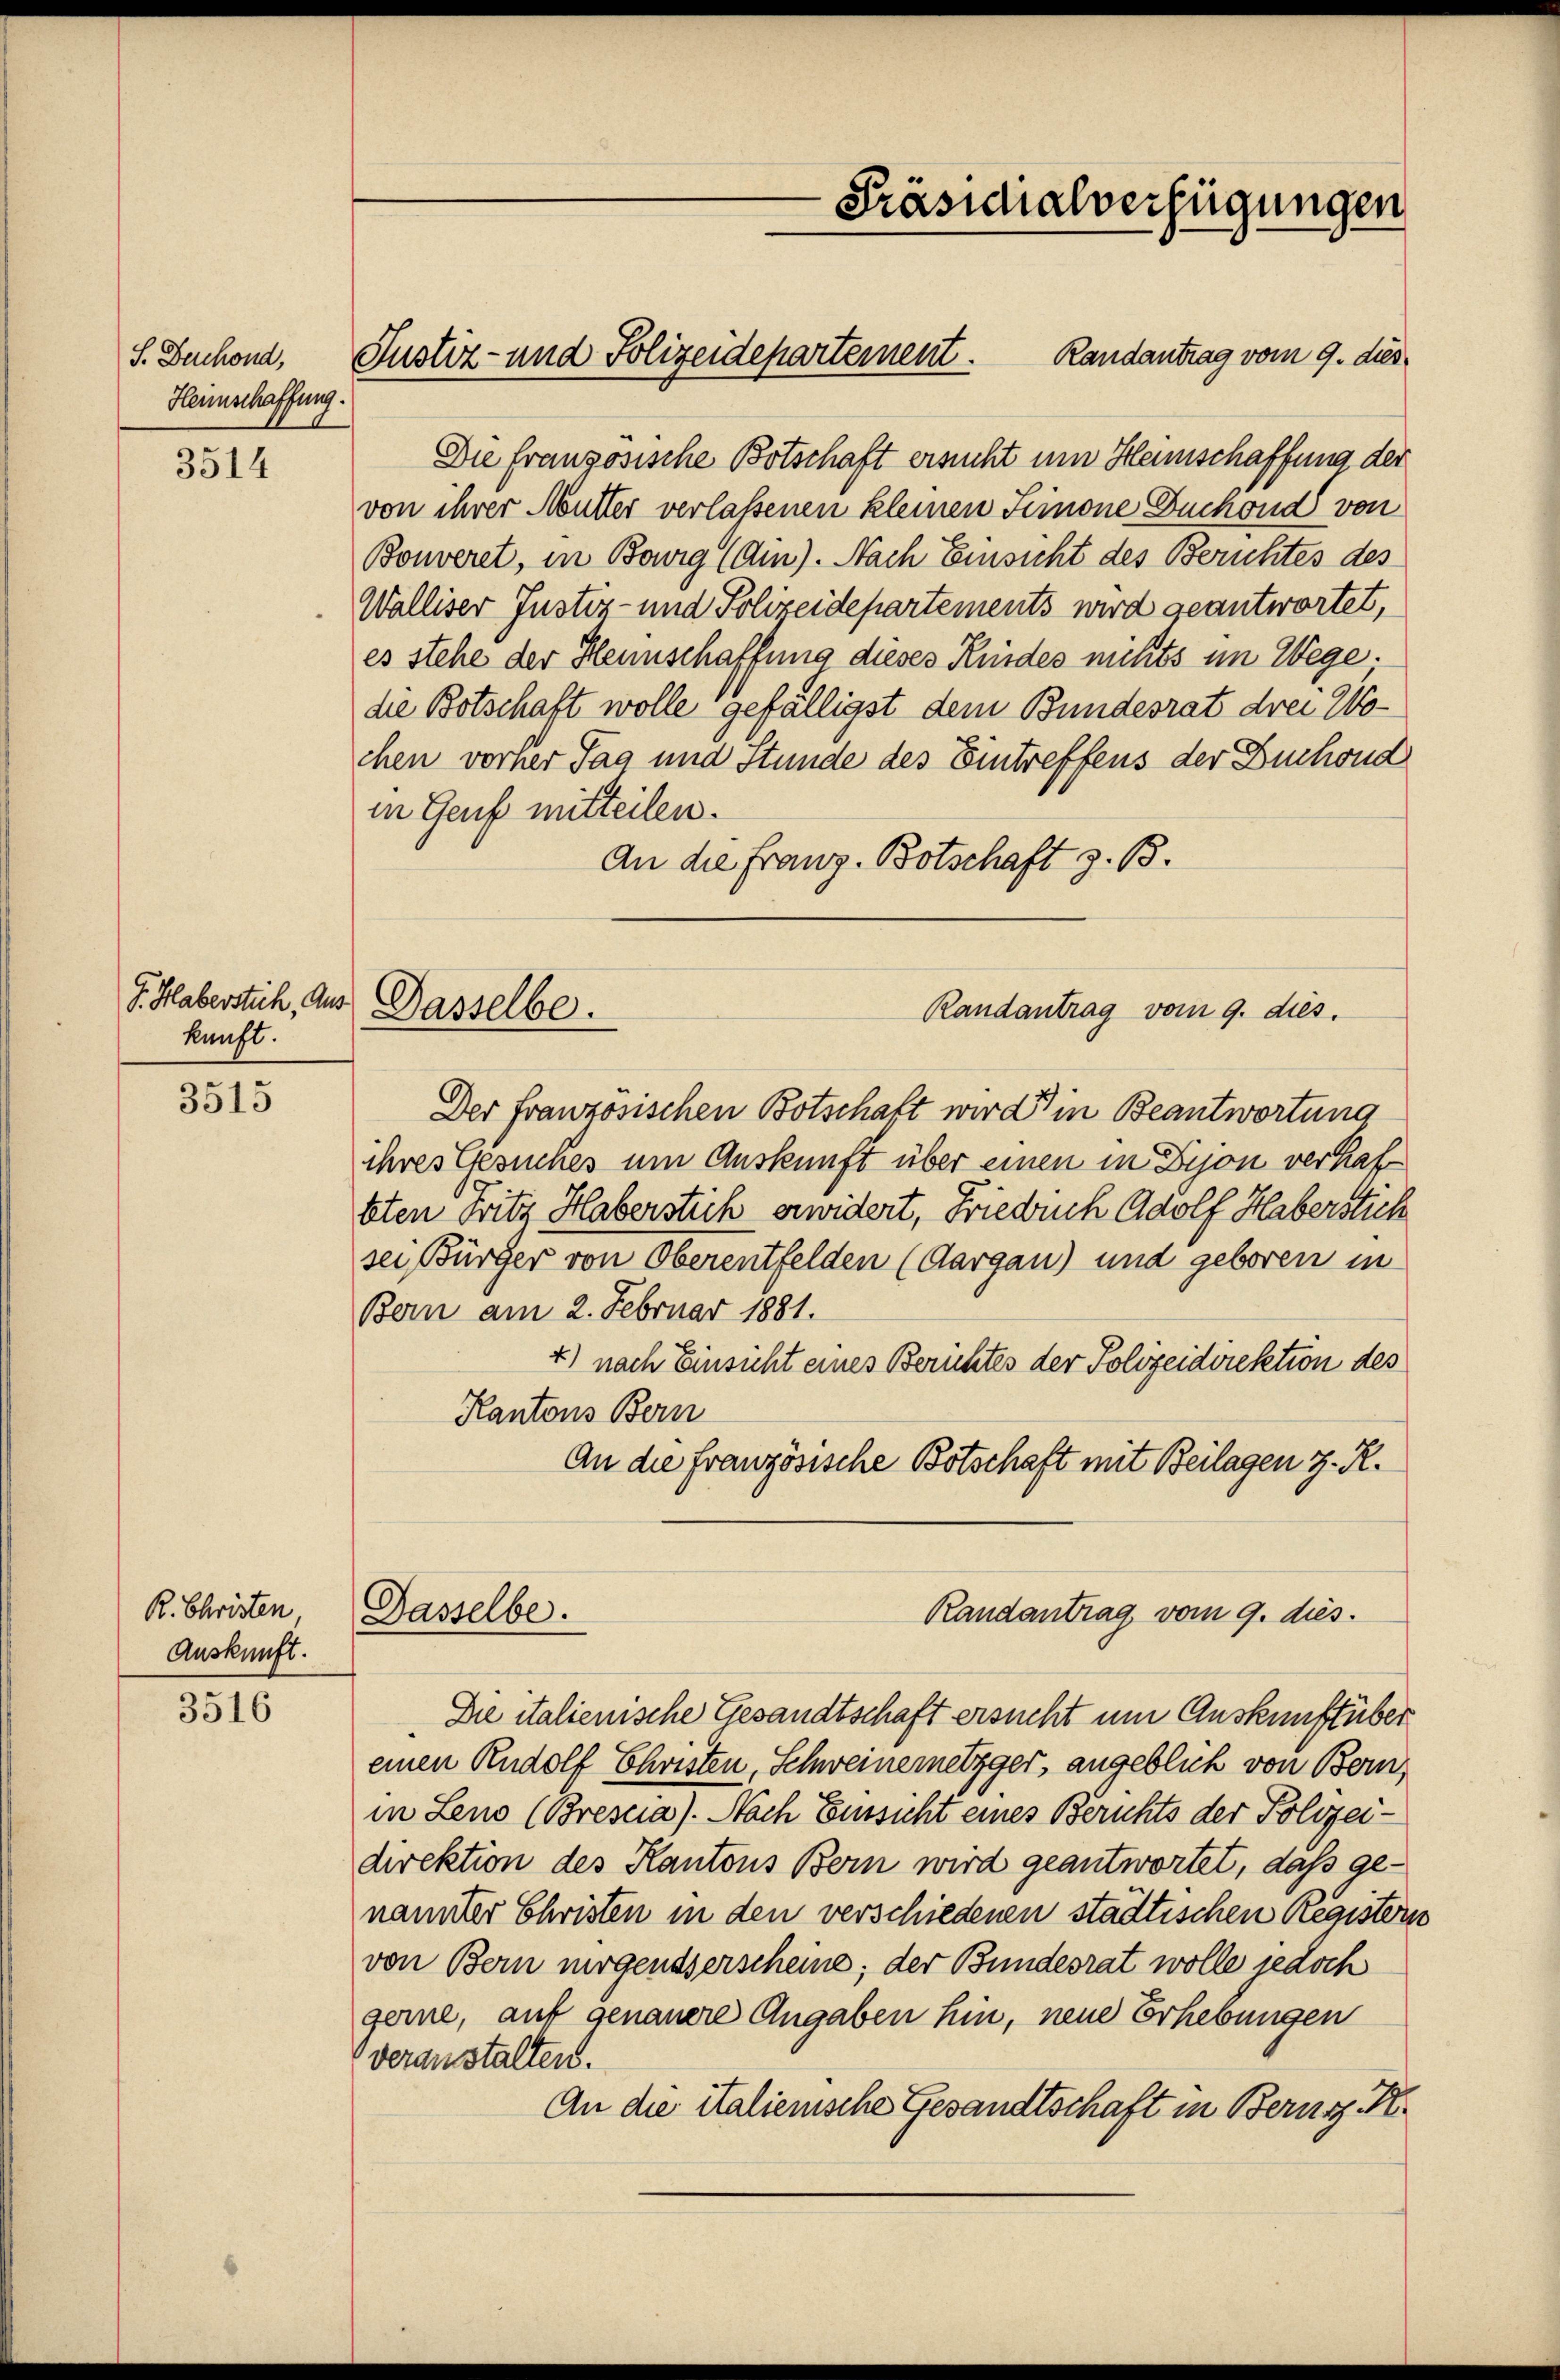
S. Beschond,
Heimschaffung.

3514

kunft.

3515

R. Christen
Auskunft.

3516

Randantrag vom 9. dies
Die französische Botschaft ersucht um Heinschaffung der
von ihrer Mutter verlassenen kleinen Simone Buchoud von
Bonveret, in Bowig (Am). Nach Einsicht des Berichtes des
Walliser Justiz- und Polizeidepartements wird geantwortet,
es stehe der Hennschaffung dieses Kindes nichts im Wege.
die Botschaft wolle gefälligst dem Bundesrat drei Wochen vorher Tag und Stunde des Eintreffens der Buchoud
in Genf mitteilen.
An die Franz. Botschaft z. B.
Randantrag vom 9. dies.
Der französischen Botschaft wird in Beantwortung
ihres Gesuches um Auskunft über einen in Dison verhaf
beten oritz Haberstich erwidert, Frieduch Adolf Haberstich
sei, Bürger von Oberentfelden (Aargau) und geboren in
Bern am 2. Februar 1881.
4) nach Einsicht eines Berichtes der Polizeidirektion des
Kantons Bern
An die Französische Botschaft mit Beilagen z. R.
Randantrag vom 9. dies
Dasselbe.
Die italienische Gesandtschaft ersucht um Auskunft über
einen Rudolf Christen, Schweinemetzger, angeblich von Bern,
in Leno (Brescia). Nach Einsicht eines Berichts der Polizei-
direktion des Kantons Bern wird geantwortet, daß genannter Christen in den verschiedenen städtischen Register.
von Bern nirgendserscheine; der Bundesrat wolle jedoch
gerne, auf genauere Angaben hin, neue Erhebungen
verausstalten.
An die italienische Gesandtschaft in Berns K

Justiz- und Polizeidepartement.

J. Haberstich, aus Gasselbe.

Präsidialverfügungen